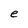
Character: e